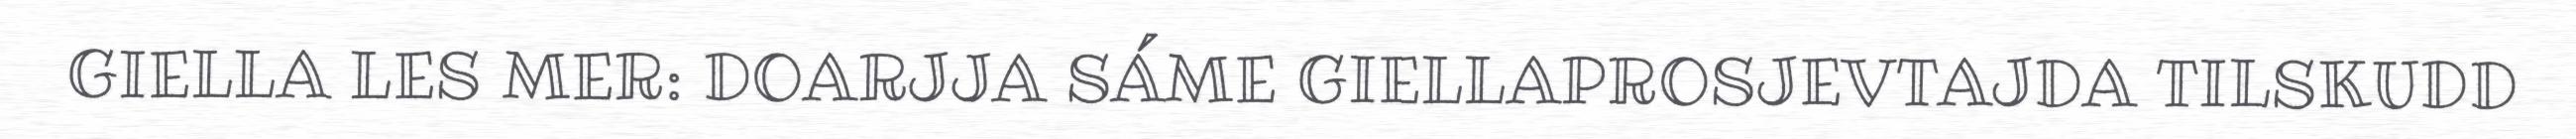
GIELLA LES MER: DOARJJA SÁME GIELLAPROSJEVTAJDA TILSKUDD